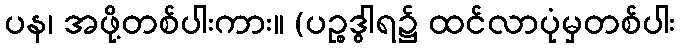
ပန၊ အဖို့တစ်ပါးကား။ (ပဉ္စဒွါရ၌ ထင်လာပုံမှတစ်ပါး